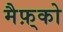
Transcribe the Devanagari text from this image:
मैफ़्को